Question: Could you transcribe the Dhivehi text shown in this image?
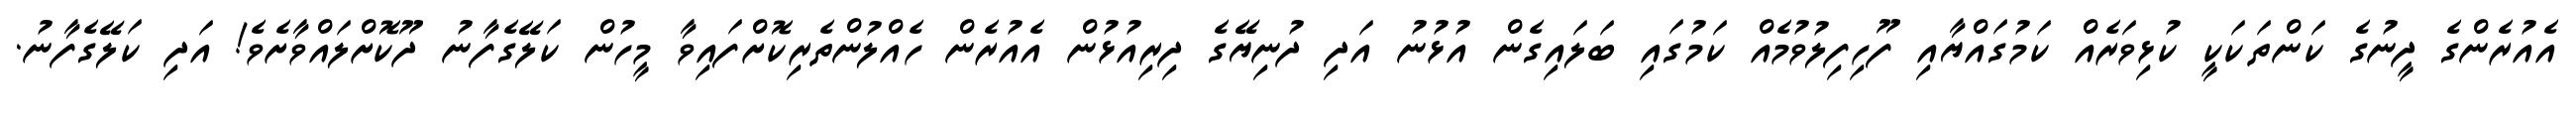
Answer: އެއުރެންގެ ދީނުގެ ކަންތަކަކީ ކުޅިވަރެއް ކަމުގައްޔާއި ފޫހިފިލުވުމެއް ކަމުގައި ބަލައިގެން އުޅުނު އަދި ދުނިޔޭގެ ދިރިއުޅުން އެއުރެން ހެއްލުންތެރިކޮށްފައިވާ މީހުން ކަލޭގެފާނު ދޫކޮށްލައްވާށެވެ! އަދި ކަލޭގެފާނު.